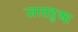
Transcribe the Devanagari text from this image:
ज्ञातहुआ